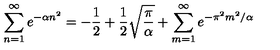
\sum _ { n = 1 } ^ { \infty } e ^ { - \alpha n ^ { 2 } } = - { \frac { 1 } { 2 } } + { \frac { 1 } { 2 } } \sqrt { \frac { \pi } { \alpha } } + \sum _ { m = 1 } ^ { \infty } e ^ { - \pi ^ { 2 } m ^ { 2 } / \alpha }